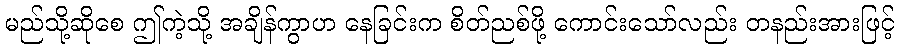
မည်သို့ဆိုစေ ဤကဲ့သို့ အချိန်ကွာဟ နေခြင်းက စိတ်ညစ်ဖို့ ကောင်းသော်လည်း တနည်းအားဖြင့်